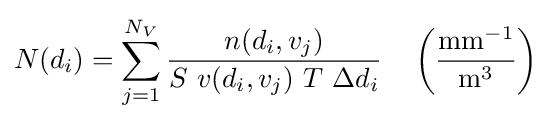
N(d_{i})=\sum _{j=1}^{N_{V}}{\frac {n(d_{i},v_{j})}{S\ v(d_{i},v_{j})\ T\ \Delta d_{i}}}\quad \left({\frac {{\text{mm}}^{-1}}{{\text{m}}^{3}}}\right)